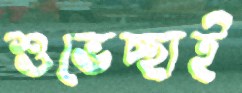
শুভেচ্ছাই